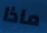
ماذا